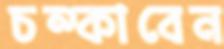
চম্‌কাবেন